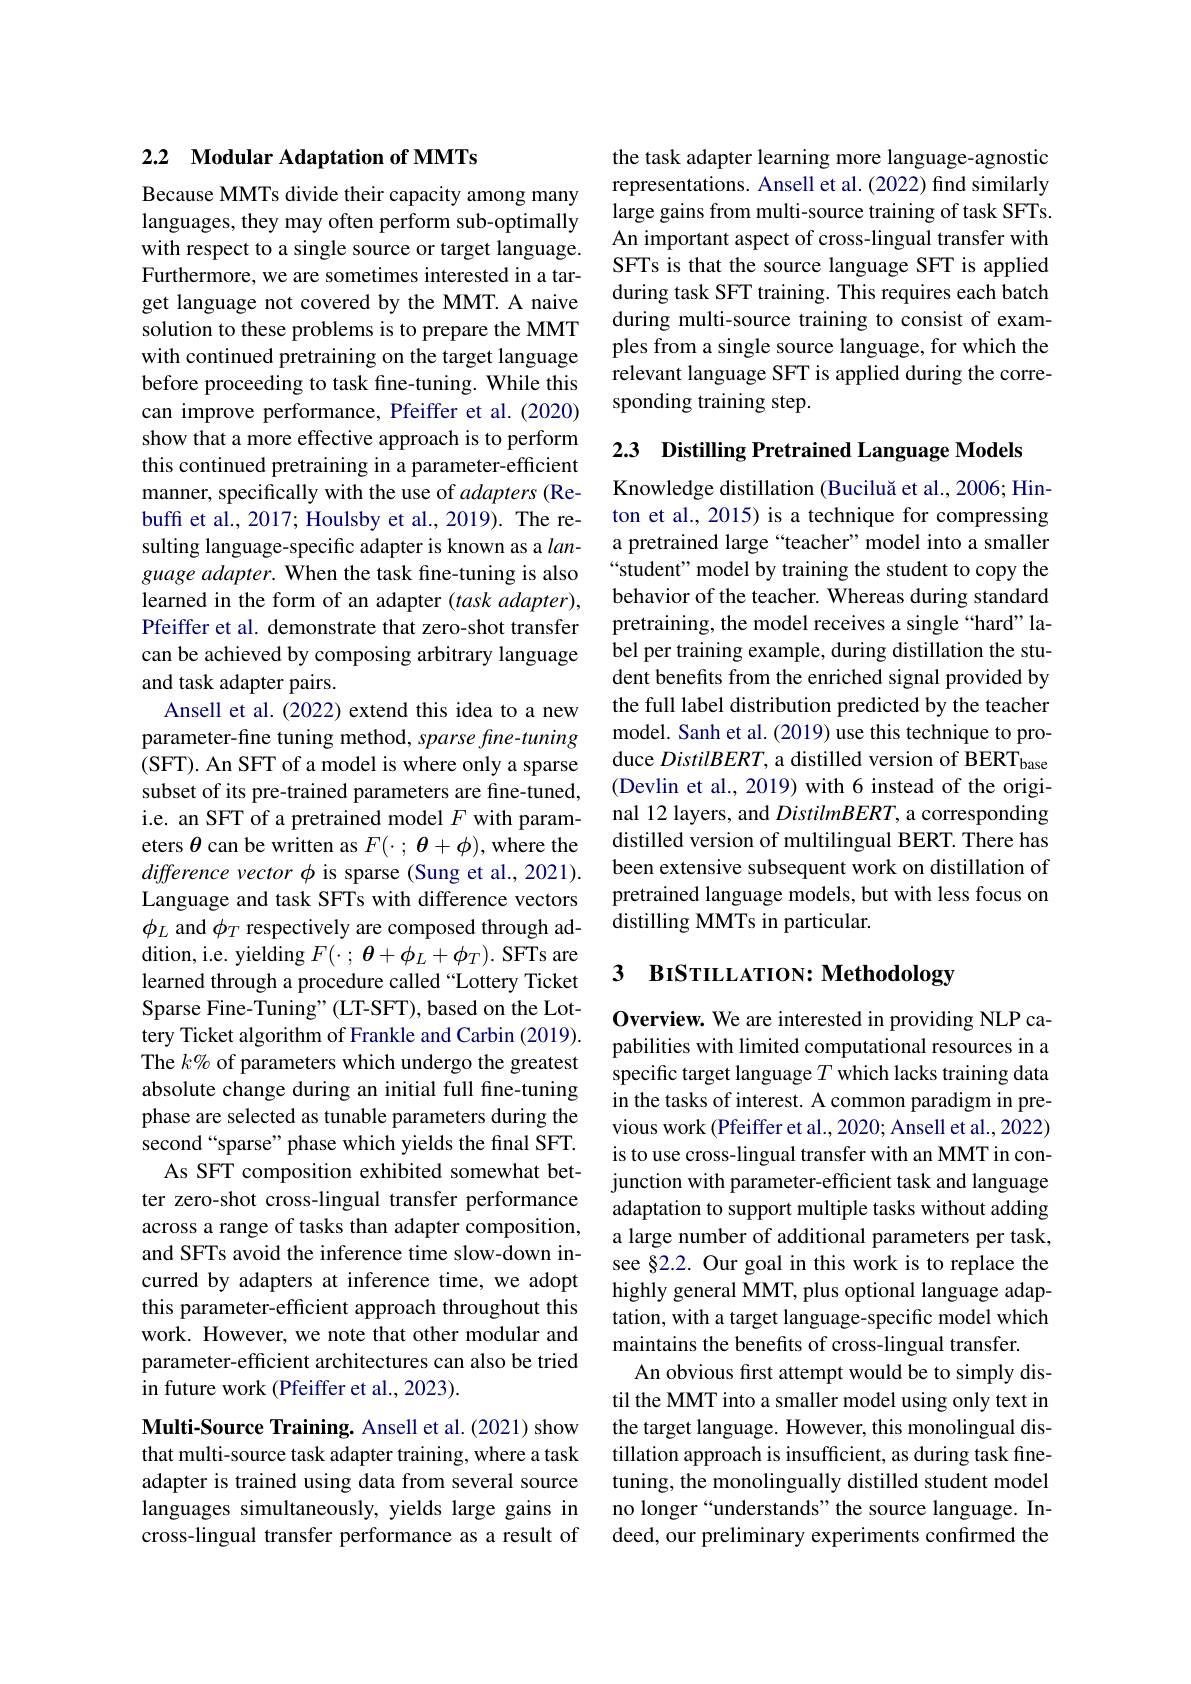
## 2.2 Modular Adaptation of MMTs

Because MMTs divide their capacity among many languages, they may often perform sub-optimally with respect to a single source or target language. Furthermore, we are sometimes interested in a target language not covered by the MMT.A naive solution to these problems is to prepare the MMT with continued pretraining on the target language before proceeding to task fine-tuning. While this can improve performance, Pfeiffer et al.(2020) show that a more effective approach is to perform this continued pretraining in a parameter-efficient manner, specifically with the use of adapters (Rebuffi et al., 2017; Houlsby et al., 2019). The resulting language-specific adapter is known as a $lan-$ guage adapter. When the task fine-tuning is also learned in the form of an adapter $( task\textit{adapter}) $, Pfeiffer et al. demonstrate that zero-shot transfer can be achieved by composing arbitrary language and task adapter pairs.
Ansell et al. (2022) extend this idea to a new parameter-fine tuning method, sparse fine-tuning (SFT). An SFT of a model is where only a sparse subset of its pre-trained parameters are fine-tuned, i.e. an SFT of a pretrained model $F$ with parameters $\theta$ can be written as $F(\cdot;\boldsymbol{\theta}+\phi)$,where the difference vector $\phi$ is sparse (Sung et al., 2021). Language and task SFTs with difference vectors $\phi_L$ and $\phi_T$ respectively are composed through addition, i.e. yielding $F(\cdot;\boldsymbol{\theta}+\phi_{L}+\phi_{T}).$ SFTs are learned through a procedure called“Lottery Ticket Sparse Fine-Tuning"(LT-SFT), based on the Lottery Ticket algorithm of Frankle and Carbin (2019). The $k\%$ of parameters which undergo the greatest absolute change during an initial full fine-tuning phase are selected as tunable parameters during the second“sparse” phase which yields the final SFT.
As SFT composition exhibited somewhat better zero-shot cross-lingual transfer performance across a range of tasks than adapter composition, and SFTs avoid the inference time slow-down incurred by adapters at inference time, we adopt this parameter-efficient approach throughout this work. However, we note that other modular and parameter-efficient architectures can also be tried in future work (Pfeiffer et al., 2023).
Multi-Source Training. Ansell et al.(2021) show

that multi-source task adapter training, where a task adapter is trained using data from several source languages simultaneously, yields large gains in cross-lingual transfer performance as a result of

the task adapter learning more language-agnostic representations. Ansell et al. (2022) find similarly large gains from multi-source training of task SFTs. An important aspect of cross-lingual transfer with SFTs is that the source language SFT is applied during task SFT training. This requires each batch during multi-source training to consist of examples from a single source language, for which the relevant language SFT is applied during the corresponding training step.

2.3 Distilling Pretrained Language Models

Knowledge distillation (Buciluă et al., 2006; Hinton et al., 2015) is a technique for compressing a pretrained large“teacher”model into a smaller “student" model by training the student to copy the behavior of the teacher. Whereas during standard pretraining, the model receives a single “hard” label per training example, during distillation the student benefits from the enriched signal provided by the full label distribution predicted by the teacher model. Sanh et al. (2019) use this technique to produce DistilBERT, a distilled version of BERTbase (Devlin et al., 2019) with 6 instead of the original 12 layers, and DistilmBERT, a corresponding distilled version of multilingual BERT. There has been extensive subsequent work on distillation of pretrained language models, but with less focus on distilling MMTs in particular.

## 3 BISTILLATION: Methodology

Overview. We are interested in providing NLP capabilities with limited computational resources in a specific target language $T$ which lacks training data in the tasks of interest. A common paradigm in previous work (Pfeiffer et al., 2020; Ansell et al., 2022) is to use cross-lingual transfer with an MMT in conjunction with parameter-efficient task and language adaptation to support multiple tasks without adding a large number of additional parameters per task, see §2.2. Our goal in this work is to replace the highly general MMT, plus optional language adaptation, with a target language-specific model which maintains the benefits of cross-lingual transfer.
An obvious first attempt would be to simply distil the MMT into a smaller model using only text in the target language. However, this monolingual distillation approach is insufficient, as during task finetuning, the monolingually distilled student model no longer“understands”the source language. Indeed, our preliminary experiments confirmed the